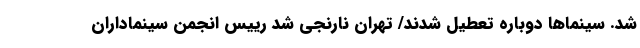
شد. سینماها دوباره تعطیل شدند/ تهران نارنجی شد رییس انجمن سینماداران